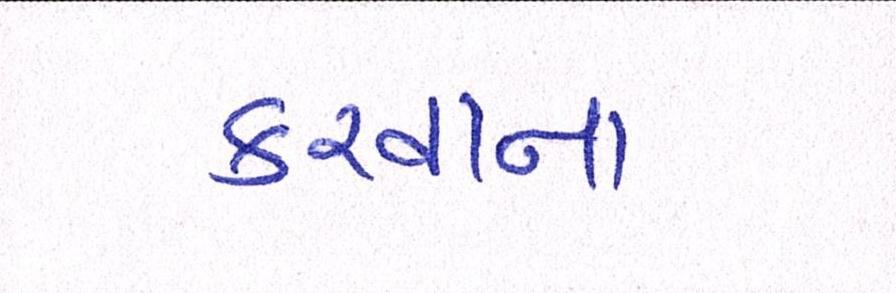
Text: કરવાના